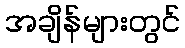
အချိန်များတွင်